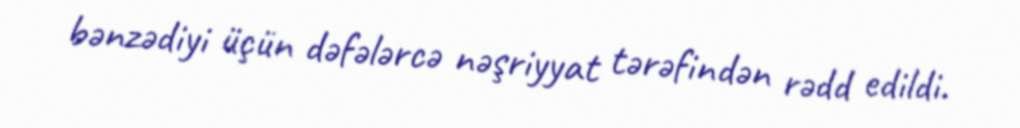
bənzədiyi üçün dəfələrcə nəşriyyat tərəfindən rədd edildi.